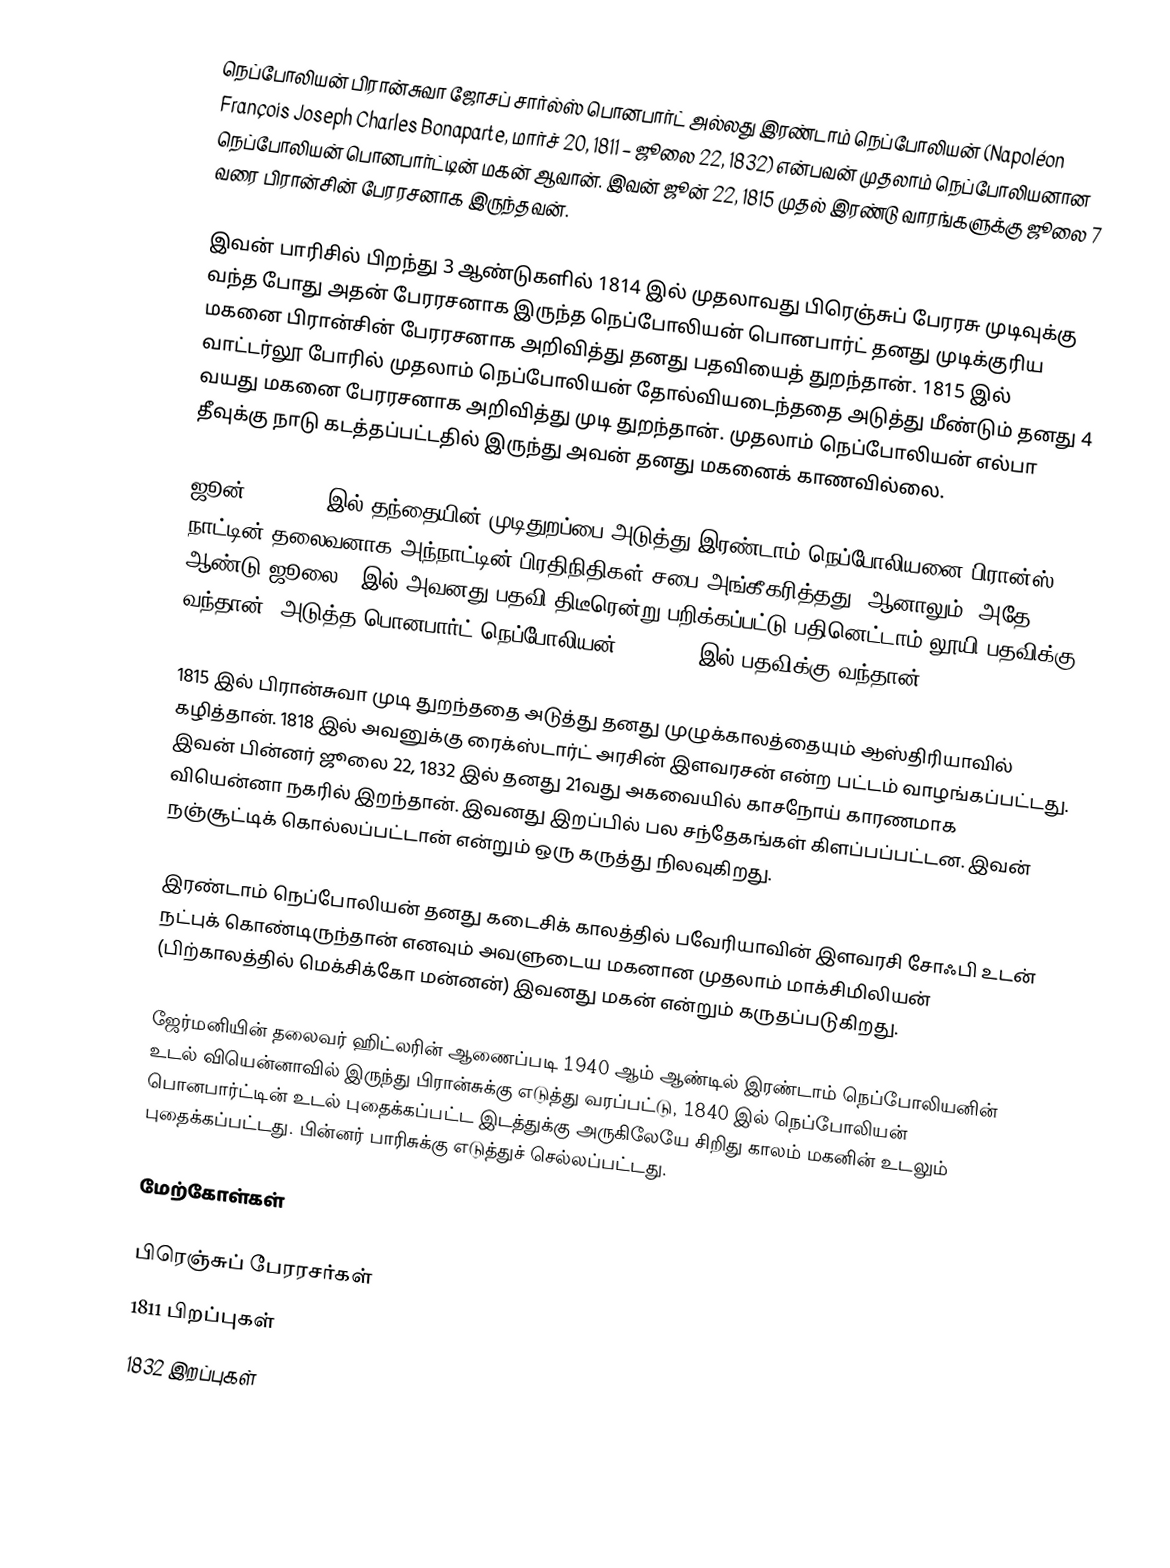
நெப்போலியன் பிரான்சுவா ஜோசப் சார்ல்ஸ் பொனபார்ட் அல்லது இரண்டாம் நெப்போலியன் (Napoléon François Joseph Charles Bonaparte, மார்ச் 20, 1811 – ஜூலை 22, 1832) என்பவன் முதலாம் நெப்போலியனான நெப்போலியன் பொனபார்ட்டின் மகன் ஆவான். இவன் ஜூன் 22, 1815 முதல் இரண்டு வாரங்களுக்கு ஜூலை 7 வரை பிரான்சின் பேரரசனாக இருந்தவன்.

இவன் பாரிசில் பிறந்து 3 ஆண்டுகளில் 1814 இல் முதலாவது பிரெஞ்சுப் பேரரசு முடிவுக்கு வந்த போது அதன் பேரரசனாக இருந்த நெப்போலியன் பொனபார்ட் தனது முடிக்குரிய மகனை பிரான்சின் பேரரசனாக அறிவித்து தனது பதவியைத் துறந்தான். 1815 இல் வாட்டர்லூ போரில் முதலாம் நெப்போலியன் தோல்வியடைந்ததை அடுத்து மீண்டும் தனது 4 வயது மகனை பேரரசனாக அறிவித்து முடி துறந்தான். முதலாம் நெப்போலியன் எல்பா தீவுக்கு நாடு கடத்தப்பட்டதில் இருந்து அவன் தனது மகனைக் காணவில்லை.

ஜூன் 22, 1815 இல் தந்தையின் முடிதுறப்பை அடுத்து இரண்டாம் நெப்போலியனை பிரான்ஸ் நாட்டின் தலைவனாக அந்நாட்டின் பிரதிநிதிகள் சபை அங்கீகரித்தது. ஆனாலும், அதே ஆண்டு ஜூலை 7-இல் அவனது பதவி திடீரென்று பறிக்கப்பட்டு பதினெட்டாம் லூயி பதவிக்கு வந்தான். அடுத்த பொனபார்ட் நெப்போலியன் III 1851 இல் பதவிக்கு வந்தான்.

1815 இல் பிரான்சுவா முடி துறந்ததை அடுத்து தனது முழுக்காலத்தையும் ஆஸ்திரியாவில் கழித்தான். 1818 இல் அவனுக்கு ரைக்ஸ்டார்ட் அரசின் இளவரசன் என்ற பட்டம் வாழங்கப்பட்டது. இவன் பின்னர் ஜூலை 22, 1832 இல் தனது 21வது அகவையில் காசநோய் காரணமாக வியென்னா நகரில் இறந்தான். இவனது இறப்பில் பல சந்தேகங்கள் கிளப்பப்பட்டன. இவன் நஞ்சூட்டிக் கொல்லப்பட்டான் என்றும் ஒரு கருத்து நிலவுகிறது.

இரண்டாம் நெப்போலியன் தனது கடைசிக் காலத்தில் பவேரியாவின் இளவரசி சோஃபி உடன் நட்புக் கொண்டிருந்தான் எனவும் அவளுடைய மகனான முதலாம் மாக்சிமிலியன் (பிற்காலத்தில் மெக்சிக்கோ மன்னன்) இவனது மகன் என்றும் கருதப்படுகிறது.

ஜேர்மனியின் தலைவர் ஹிட்லரின் ஆணைப்படி 1940 ஆம் ஆண்டில் இரண்டாம் நெப்போலியனின் உடல் வியென்னாவில் இருந்து பிரான்சுக்கு எடுத்து வரப்பட்டு, 1840 இல் நெப்போலியன் பொனபார்ட்டின் உடல் புதைக்கப்பட்ட இடத்துக்கு அருகிலேயே சிறிது காலம் மகனின் உடலும் புதைக்கப்பட்டது. பின்னர் பாரிசுக்கு எடுத்துச் செல்லப்பட்டது.

மேற்கோள்கள்

பிரெஞ்சுப் பேரரசர்கள்
1811 பிறப்புகள்
1832 இறப்புகள்